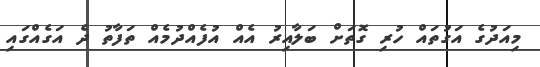
މިއަދުގެ އަގުތައް ހުރި ގޮތަށް ބަލާއިރު އެއް އުފެއްދުމެއް ތަފާތު ދެ އަގެއްގައި